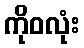
ကိုဝလုံး